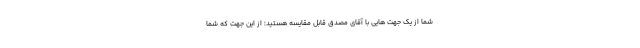
شما از یک جهت هایی با آقای مصدق قابل مقایسه هستید؛ از این جهت که شما